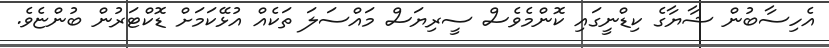
އެހިސާބުން ޝާޔާގެ ކިޑްނީގައި ކޮންމެވެސް ސީރިޔަސް މައްސަލަ ތަކެއް އުޅޭކަމަށް ޑޮކްޓަރުން ބުންޏެވެ.